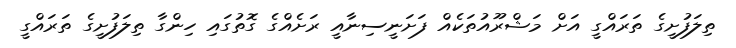
ތިލަފުށީގެ ތަރައްގީ އަށް މަޝްރޫއުތަކެއް ފަށަނީސިނާއީ ރަށެއްގެ ގޮތުގައި ހިންގާ ތިލަފުށީގެ ތަރައްގީ